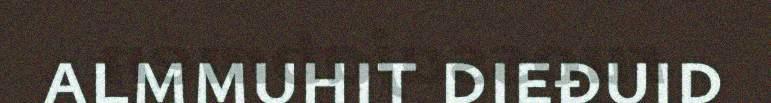
almmuhit dieđuid